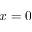
x = 0